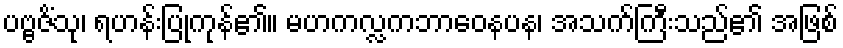
ပဗ္ဗဇိံသု၊ ရဟန်းပြုကုန်၏။ မဟကလ္လကဘာဝေနပန၊ အသက်ကြီးသည်၏ အဖြစ်